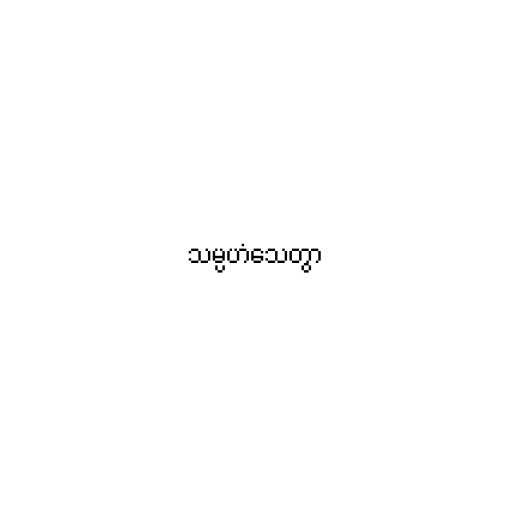
သမ္ပဟံသေတွာ